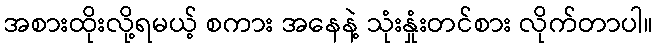
အစားထိုးလို့ရမယ့် စကား အနေနဲ့ သုံးနှုံးတင်စား လိုက်တာပါ။